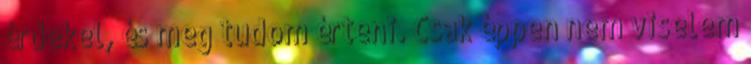
érdekel, és meg tudom érteni. Csak éppen nem viselem